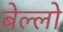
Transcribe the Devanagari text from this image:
बेल्लो